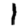
Digit: 1